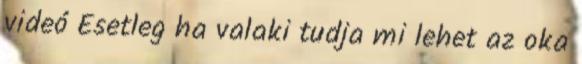
videó Esetleg ha valaki tudja mi lehet az oka